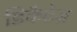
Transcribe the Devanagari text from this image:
डिकैटेज़